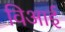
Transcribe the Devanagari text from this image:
विआई